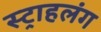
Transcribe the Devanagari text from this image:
स्‍ट्राहलंग